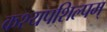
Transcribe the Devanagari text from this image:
कश्यपशिल्पम्